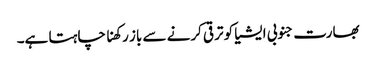
بھارت جنوبی ایشیا کو ترقی کرنے سے باز رکھنا چاہتا ہے۔